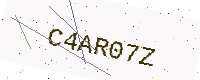
Text: C4AR07Z